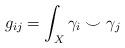
LaTeX: \begin{align*}g_{ij} = \int_X \gamma_i \smile \gamma_j\end{align*}